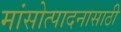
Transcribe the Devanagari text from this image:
मांसोत्पादनासाठी